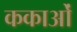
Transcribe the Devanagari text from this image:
ककाओं